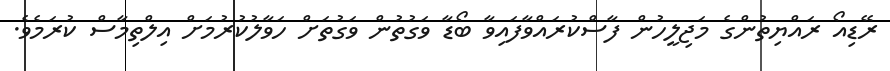
ރޭޑިއޯ ރައްޔިތުންގެ މަޖިލީހުން ފާސްކުރައްވާފައިވާ ބޯޑާ ވަގުތުން ވަގުތަށް ހަވާލުކުރުމަށް އިލްތިމާސް ކުރަމެވެ.